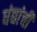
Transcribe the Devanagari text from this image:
धंद्यांची